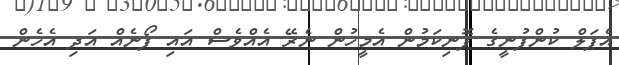
އެޕަލް ކުންފުނީގެ ފޮނިކަމުން އެމީހުން ނެރޭ އެއްވެސް އައި ފޯނެއް އަދި އެހެން